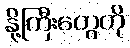
နို့ကြီးတွေကို